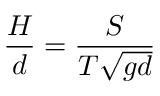
\frac { H } { d } = \frac { S } { T \sqrt { g d } }